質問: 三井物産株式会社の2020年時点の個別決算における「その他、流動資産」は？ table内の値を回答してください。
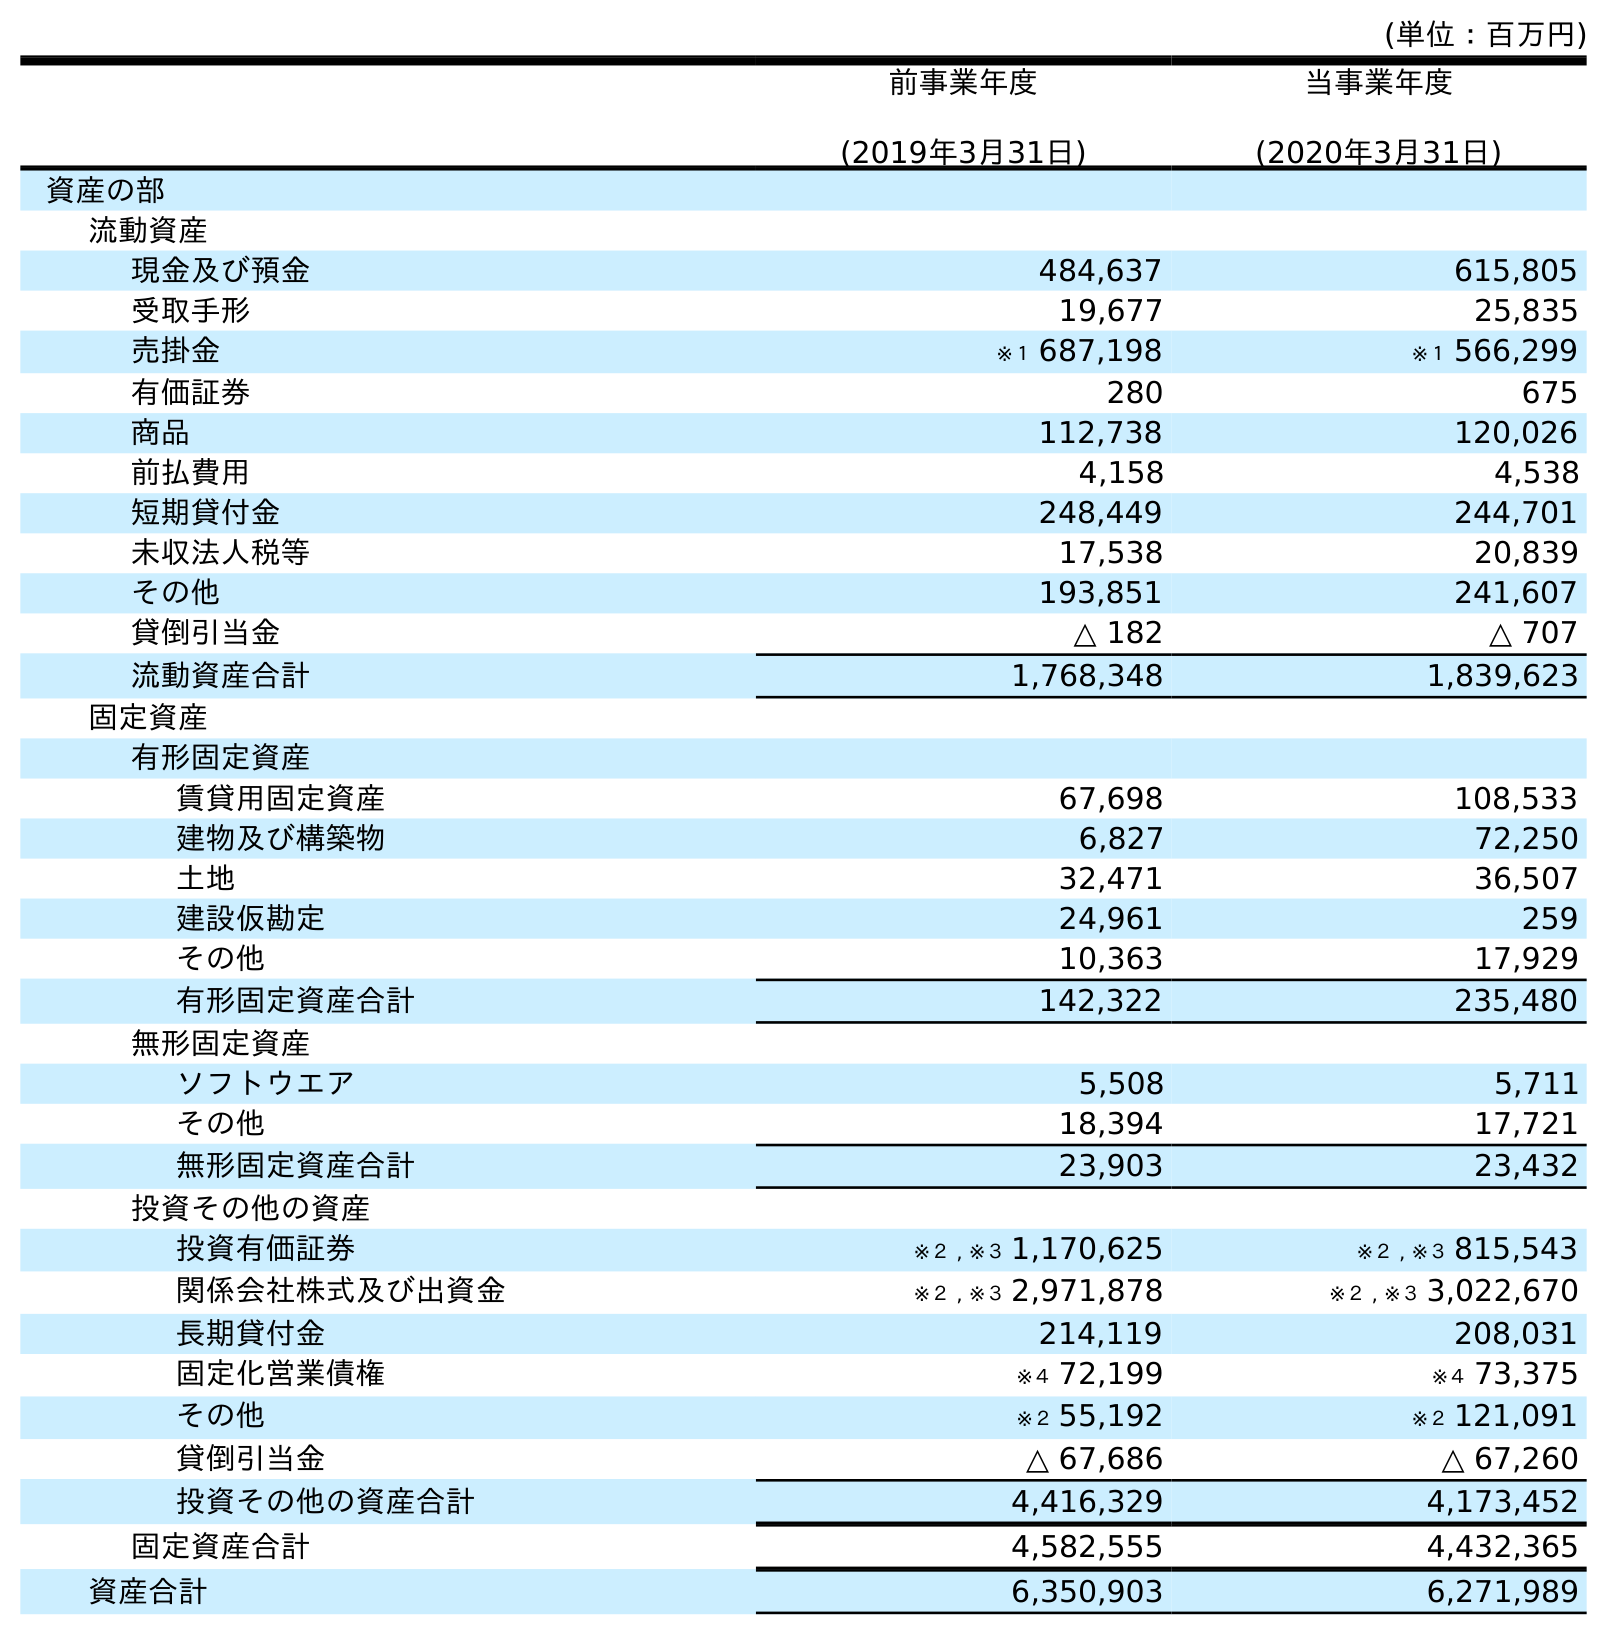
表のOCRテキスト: (単位：百万円) 前事業年度 (2019年3月31日) 当事業年度 (2020年3月31日) 資産の部 流動資産 現金及び預金 484,637 615,805 受取手形 19,677 25,835 売掛金 ※１ 687,198 ※１ 566,299 有価証券 280 675 商品 112,738 120,026 前払費用 4,158 4,538 短期貸付金 248,449 244,701 未収法人税等 17,538 20,839 その他 193,851 241,607 貸倒引当金 △ 182 △ 707 流動資産合計 1,768,348 1,839,623 固定資産 有形固定資産 賃貸用固定資産 67,698 108,533 建物及び構築物 6,827 72,250 土地 32,471 36,507 建設仮勘定 24,961 259 その他 10,363 17,929 有形固定資産合計 142,322 235,480 無形固定資産 ソフトウエア 5,508 5,711 その他 18,394 17,721 無形固定資産合計 23,903 23,432 投資その他の資産 投資有価証券 ※２ , ※３ 1,170,625 ※２ , ※３ 815,543 関係会社株式及び出資金 ※２ , ※３ 2,971,878 ※２ , ※３ 3,022,670 長期貸付金 214,119 208,031 固定化営業債権 ※４ 72,199 ※４ 73,375 その他 ※２ 55,192 ※２ 121,091 貸倒引当金 △ 67,686 △ 67,260 投資その他の資産合計 4,416,329 4,173,452 固定資産合計 4,582,555 4,432,365 資産合計 6,350,903 6,271,989
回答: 241,607